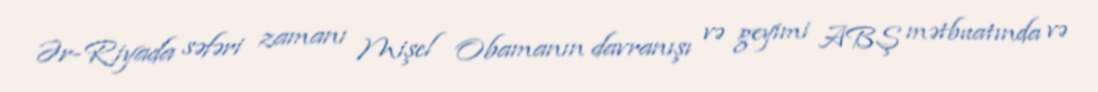
Ər-Riyada səfəri zamanı Mişel Obamanın davranışı və geyimi ABŞ mətbuatında və